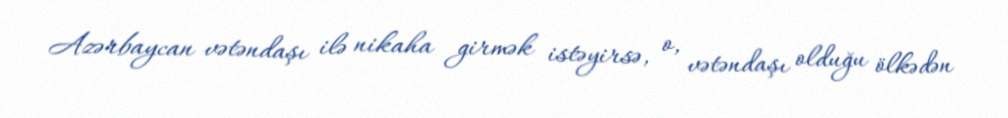
Azərbaycan vətəndaşı ilə nikaha girmək istəyirsə, o, vətəndaşı olduğu ölkədən